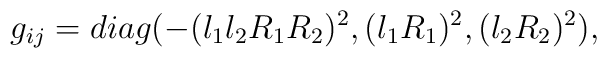
g_{ij}=diag(-(l_{1}l_{2}R_{1}R_{2})^{2}, (l_{1}R_{1})^{2},(l_{2}R_{2})^{2}),